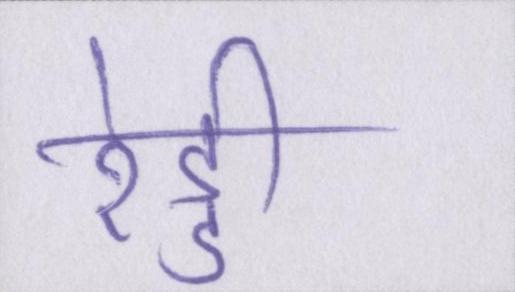
रेड्डी